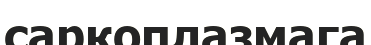
саркоплазмага